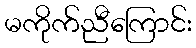
မကိုက်ညီကြောင်း